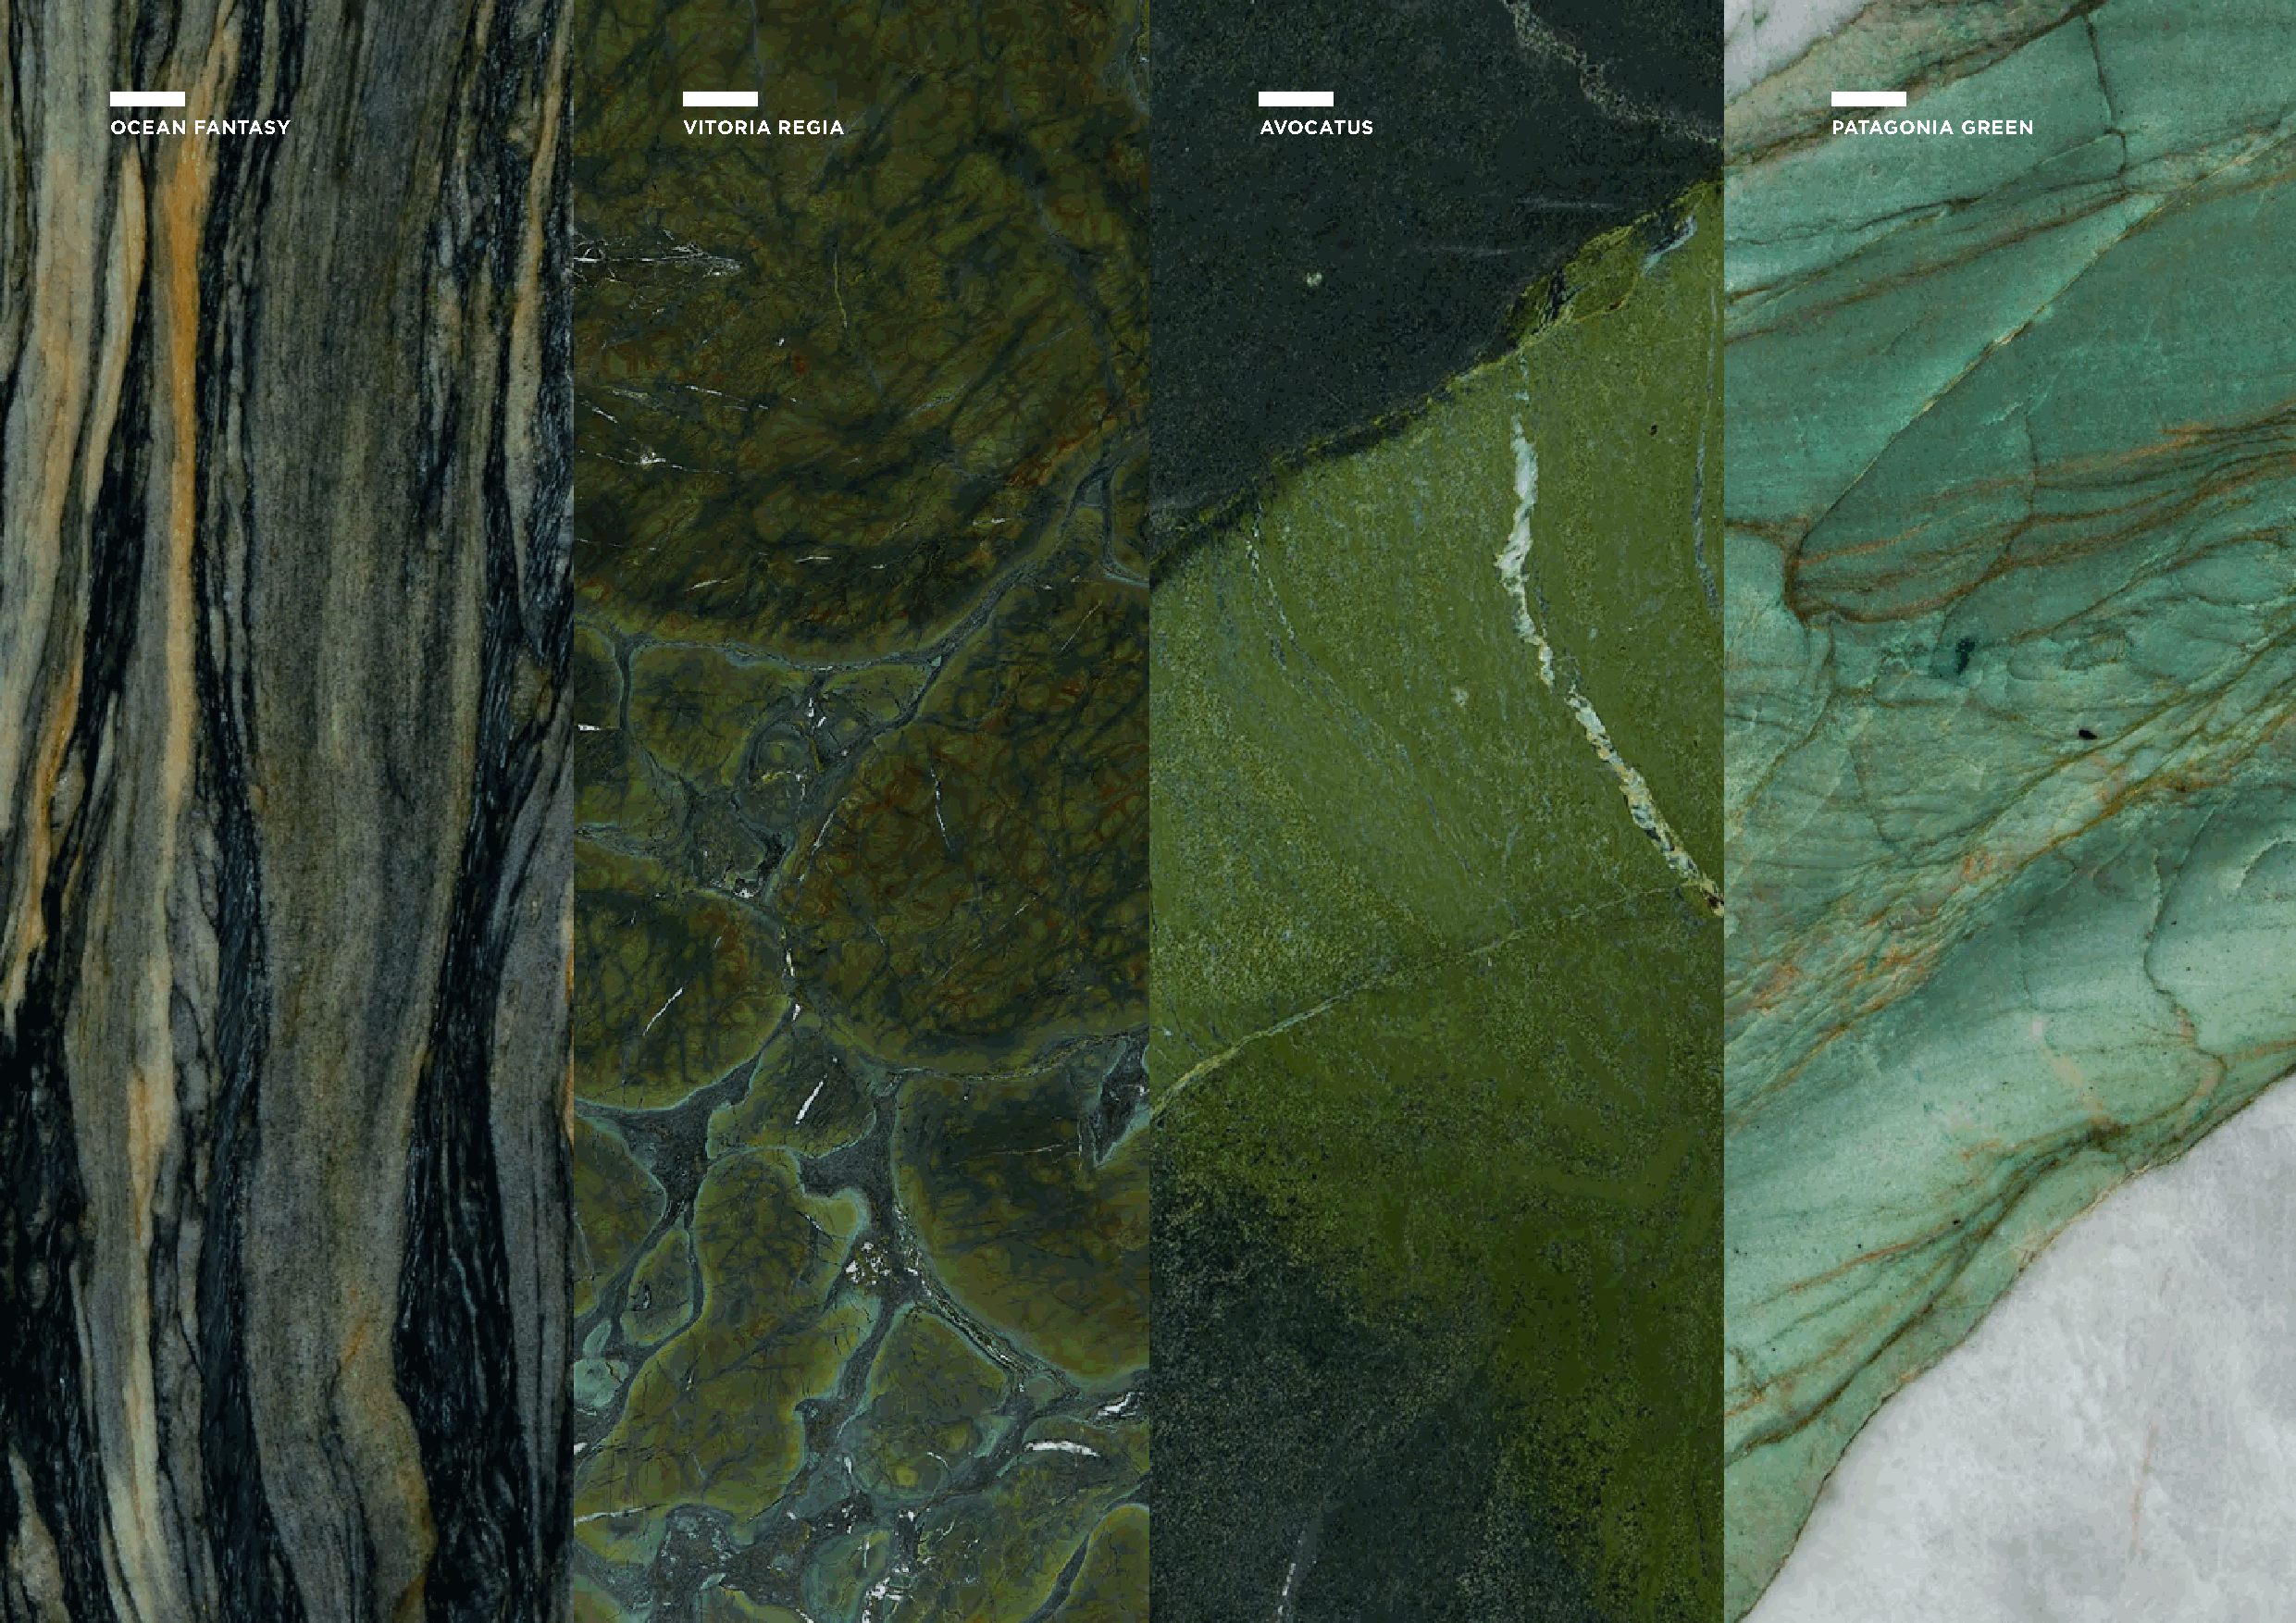
OCEAN FANTASY                            VITORIA REGIA                            AVOCATUS                                 PATAGONIA GREEN